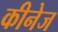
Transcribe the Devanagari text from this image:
कीनेज